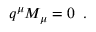
q ^ { \mu } { \cal M } _ { \mu } = 0 \; \; .